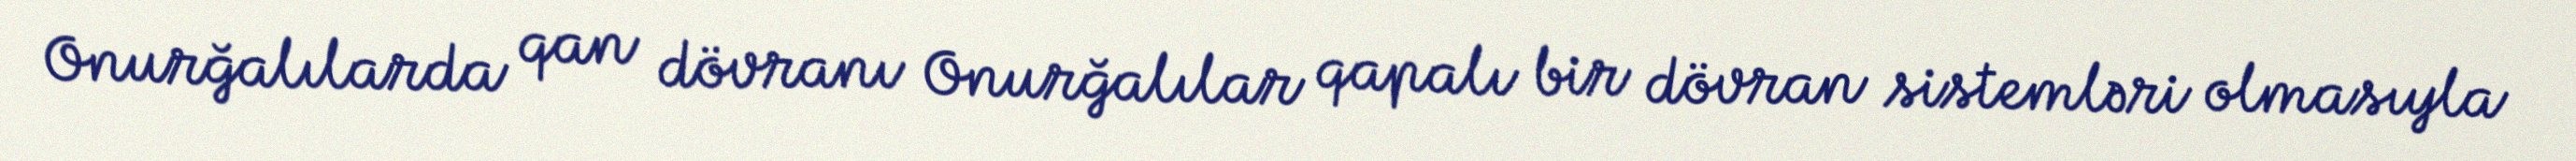
Onurğalılarda qan dövranı Onurğalılar qapalı bir dövran sistemləri olmasıyla